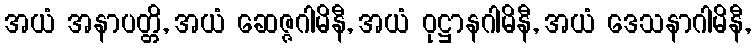
အယံ အနာပတ္တိ, အယံ ဆေဇ္ဇဂါမိနီ, အယံ ဝုဋ္ဌာနဂါမိနီ, အယံ ဒေသနာဂါမိနီ,